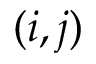
( i , j )